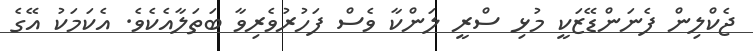
ޖެކްލިން ފެނަންޑޭޒަކީ މުޅި ސްރީ ލަންކާ ވެސް ފަހުރުވެރިވާ ބަތަލާއެކެވެ. އެކަމަކު އޭގެ